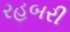
રહબરી